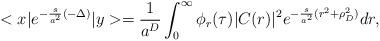
LaTeX: \begin{align*}<x|e^{-\frac{s}{a^2}(-\Delta)}|y> = \frac{1}{a^D} \int_0^{\infty} \phi_r (\tau) |C(r)|^2e^{-\frac{s}{a^2}(r^2 + \rho_D^2)} dr,\end{align*}